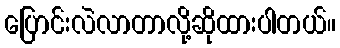
ပြောင်းလဲလာတာလို့ဆိုထားပါတယ်။